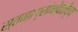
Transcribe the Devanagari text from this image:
स्तनाग्रांभोवतीच्या